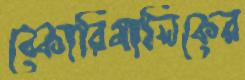
বেকারিমালিকের